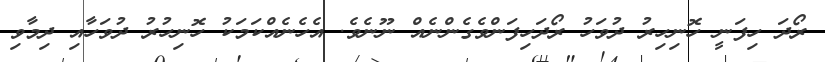
ރޯދަ ހިފަނީ ހޮނިހިރު ދުވަހު ރޯދަހިފަންވެގެންނެއް ނޫނެވެ. އެހެނެއްކަމަކު ހޮނިހުރު ދުވަހާއި ދިމާވި